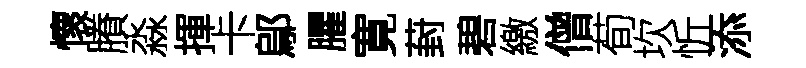
懷賸淼揮卡鄔臞寛葑碧繳僧荀坎忻添